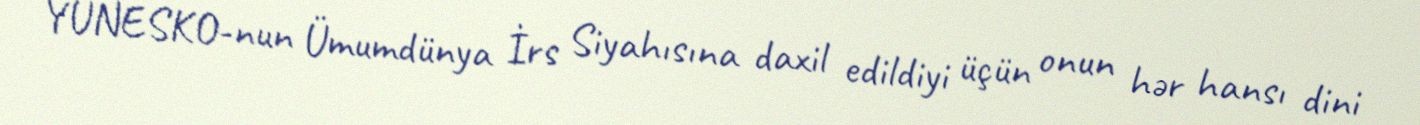
YUNESKO-nun Ümumdünya İrs Siyahısına daxil edildiyi üçün onun hər hansı dini